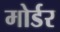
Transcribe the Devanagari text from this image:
मोर्डर